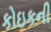
કોઇકની